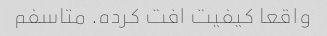
واقعا کیفیت افت کرده. متاسفم